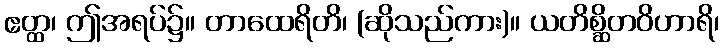
ဧတ္ထ၊ ဤအရပ်၌။ တာထေရိတိ၊ (ဆိုသည်ကား)။ ယတိစ္ဆိတဝိဟာရိ၊